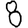
Digit: 8